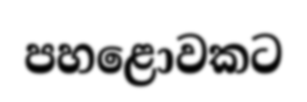
පහළොවකට